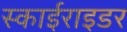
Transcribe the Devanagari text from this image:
स्काईराइडर